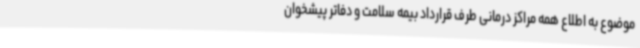
موضوع به اطلاع همه مراکز درمانی طرف قرارداد بیمه سلامت و دفاتر پیشخوان